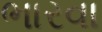
ભારવા